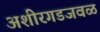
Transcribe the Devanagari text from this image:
अशीरगडजवळ